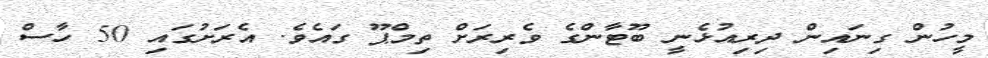
މީހުން ގިނައިން ދިރިއުޅެނީ ބޫޓާންގެ ވެރިރަށް ތިމްޕޫ ގައެވެ. އެރަށުގައި 50 ހާސް